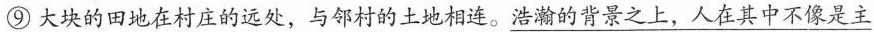
⑨大块的田地在村庄的远处，与邻村的土地相连。\underline{浩瀚的背景之上，人在其中不像是主}